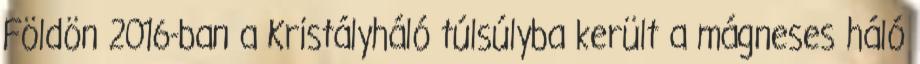
Földön 2016-ban a Kristályháló túlsúlyba került a mágneses háló